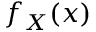
f _ { X } ( x )